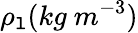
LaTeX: \rho_{\mathtt{l}}(kg\ m^{-3})